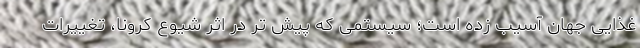
غذایی جهان آسیب زده است؛ سیستمی که پیش تر در اثر شیوع کرونا، تغییرات